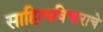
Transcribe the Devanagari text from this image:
साहित्यविचाराचे